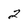
Character: 2